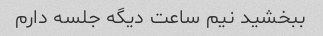
ببخشید نیم ساعت دیگه جلسه دارم